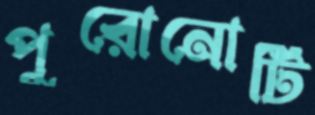
পুরোনোটি